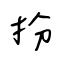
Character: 扮